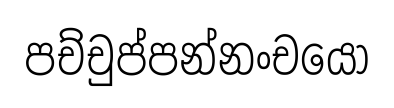
පච්චුප්පන්නංචයෝ